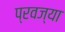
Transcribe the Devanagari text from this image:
प्रवज्या